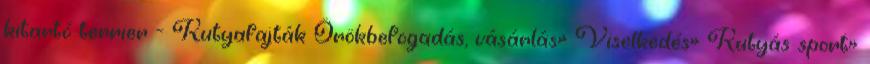
kitartó terrier - Kutyafajták Örökbefogadás, vásárlás» Viselkedés» Kutyás sport»